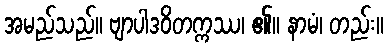
အမည်သည်။ ဗျာပါဒဝိတက္ကဿ၊ ၏။ နာမံ၊ တည်း။